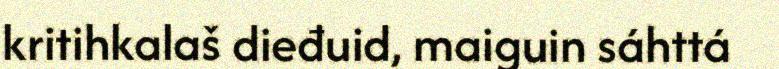
kritihkalaš dieđuid, maiguin sáhttá